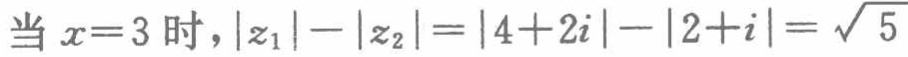
当 \(x = 3\) 时，\(\vert z_{1}\vert-\vert z_{2}\vert=\vert 4 + 2i\vert-\vert 2 + i\vert=\sqrt{5}\)